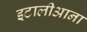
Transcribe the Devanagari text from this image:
इटालीआना